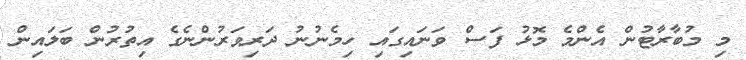
މި މުބާރާޓުން އެންމެ މޮޅު ފަސް ވަނައިގައި ހިމެނުނު ދަރިވަރުންނެގެ އިތުރުން ބަލައިން